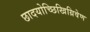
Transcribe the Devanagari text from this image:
छादयोच्छिखिग्रिवेण